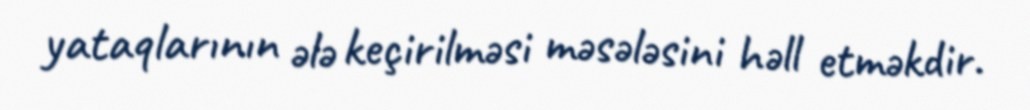
yataqlarının ələ keçirilməsi məsələsini həll etməkdir.